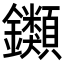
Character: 𨰥